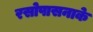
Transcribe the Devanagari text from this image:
रसोपासनाके